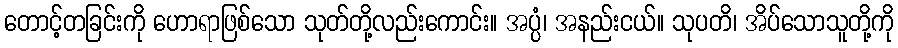
တောင့်တခြင်းကို ဟောရာဖြစ်သော သုတ်တို့လည်းကောင်း။ အပ္ပံ၊ အနည်းငယ်။ သုပတိ၊ အိပ်သောသူတို့ကို